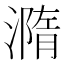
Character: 𣿂